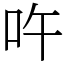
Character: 吘